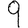
Digit: 9